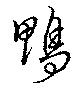
鴨